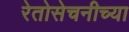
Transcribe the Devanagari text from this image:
रेतोसेचनीच्या